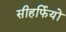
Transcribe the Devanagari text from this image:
सीहर्फियों